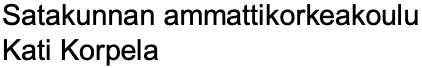
Satakunnan ammattikorkeakoulu Kati Korpela